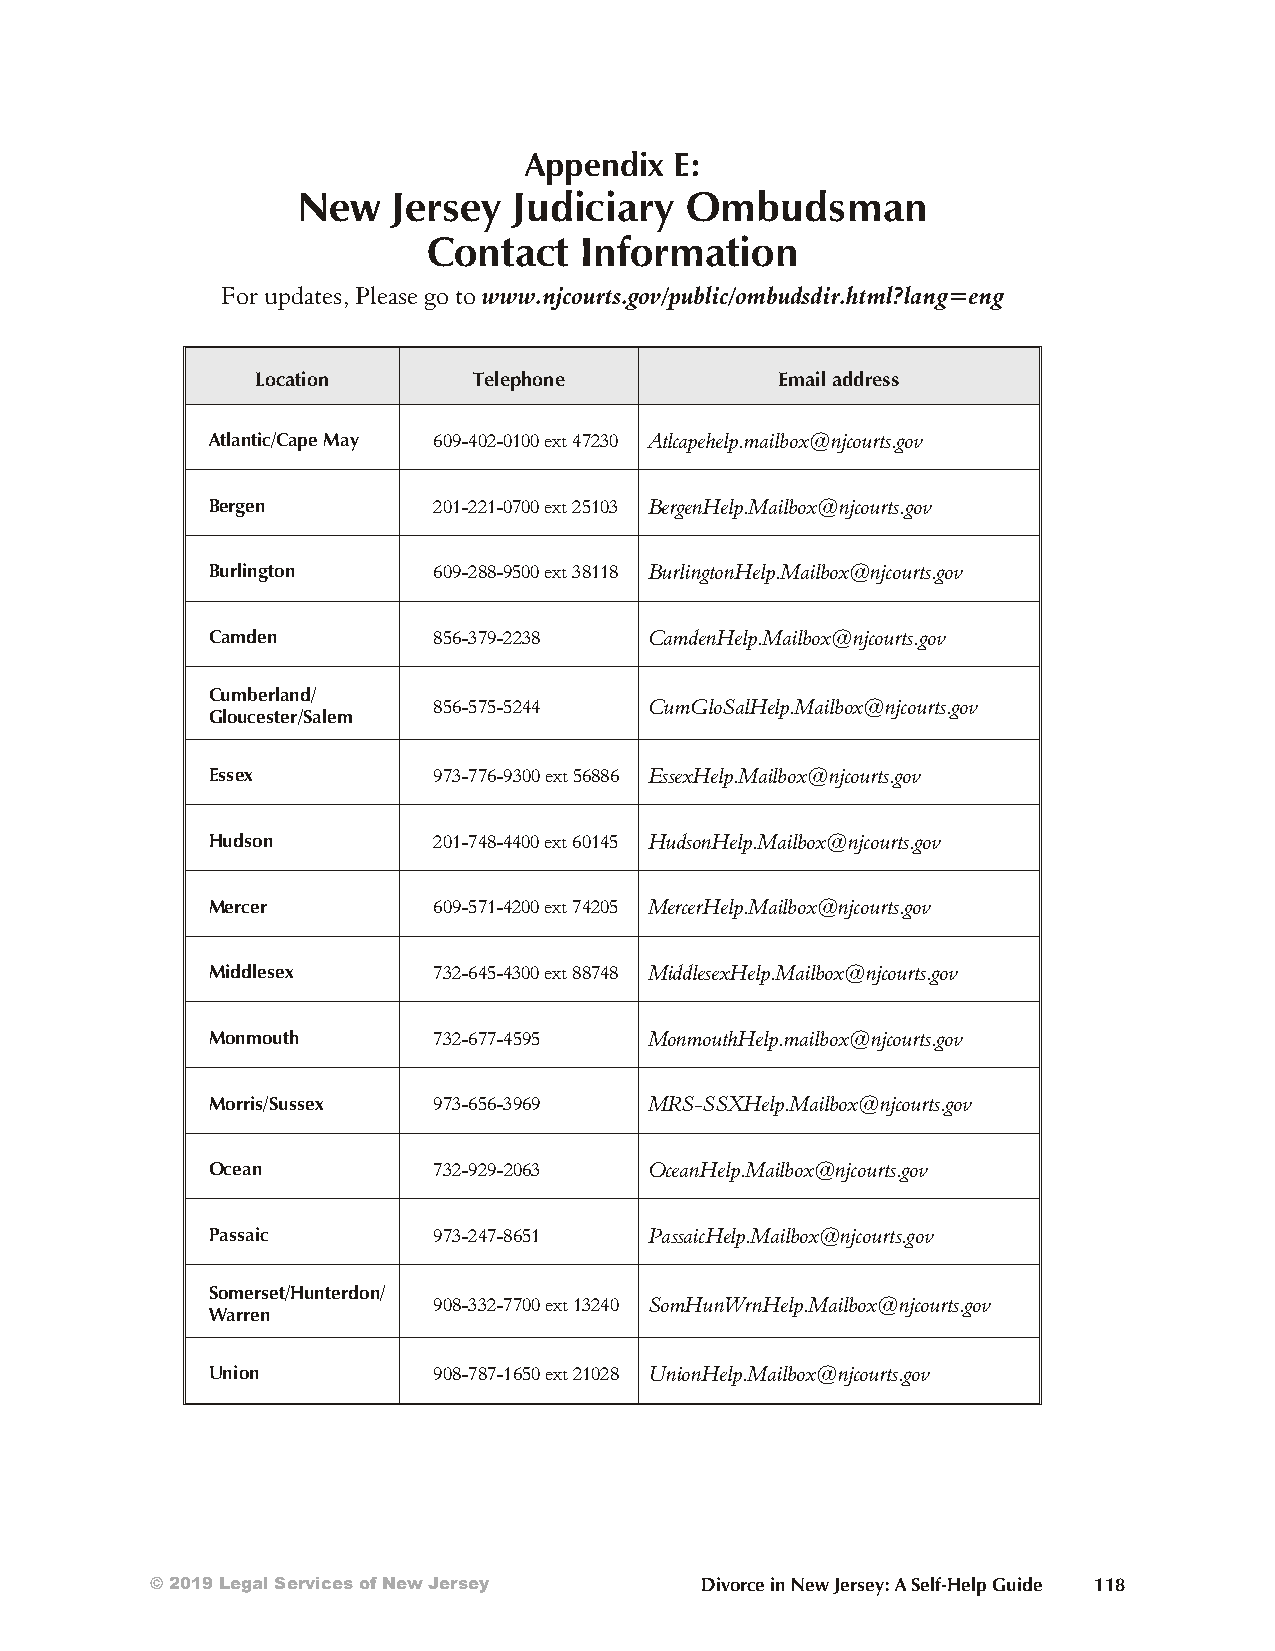
Appendix  E:
 New   Jersey  Judiciary  Ombudsman
 Contact   Information
 For updates, Please go to www.njcourts.gov/public/ombudsdir.html?lang=eng
 Location      Telephone            Email address
 Atlantic/Cape May 609-402-0100 ext 47230 Atlcapehelp.mailbox@njcourts.gov
 Bergen         201-221-0700 ext 25103 BergenHelp.Mailbox@njcourts.gov
 Burlington     609-288-9500 ext 38118 BurlingtonHelp.Mailbox@njcourts.gov
 Camden         856-379-2238  CamdenHelp.Mailbox@njcourts.gov
 Cumberland/
 856-575-5244  CumGloSalHelp.Mailbox@njcourts.gov
 Gloucester/Salem
 Essex          973-776-9300 ext 56886 EssexHelp.Mailbox@njcourts.gov
 Hudson         201-748-4400 ext 60145 HudsonHelp.Mailbox@njcourts.gov
 Mercer         609-571-4200 ext 74205 MercerHelp.Mailbox@njcourts.gov
 Middlesex      732-645-4300 ext 88748 MiddlesexHelp.Mailbox@njcourts.gov
 Monmouth       732-677-4595  MonmouthHelp.mailbox@njcourts.gov
 Morris/Sussex  973-656-3969  MRS-SSXHelp.Mailbox@njcourts.gov
 Ocean          732-929-2063  OceanHelp.Mailbox@njcourts.gov
 Passaic        973-247-8651  PassaicHelp.Mailbox@njcourts.gov
 Somerset/Hunterdon/
 908-332-7700 ext 13240 SomHunWrnHelp.Mailbox@njcourts.gov
 Warren
 Union          908-787-1650 ext 21028 UnionHelp.Mailbox@njcourts.gov
 © 2019 Legal Services of New Jersey Divorce in New Jersey: A Self-Help Guide 118